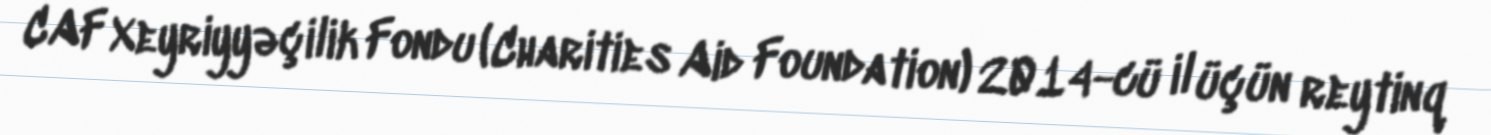
CAF Xeyriyyəçilik Fondu (Charities Aid Foundation) 2014-cü il üçün reytinq